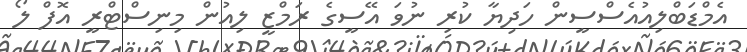
އެމްޑަބްލިއުއެސްސީން ހަދިޔާ ކުރި ނުވަ އޭސީގެ ރަމްޒީ ލިއުން މިނިސްޓްރީ އޮފް ލޯ